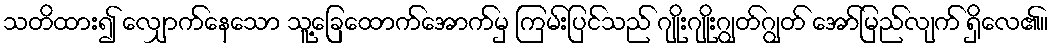
သတိထား၍ လျှောက်နေသော သူ့ခြေထောက်အောက်မှ ကြမ်းပြင်သည် ဂျိုးဂျိုးဂျွတ်ဂျွတ် အော်မြည်လျက် ရှိလေ၏။